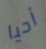
أحيا